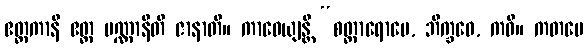
ဧတ္တကာနိ ဧတ္ထ ပဏ္ဏာနီတိ ဇာနာတိ။ ကာဝေယျန္တိ “စတ္တာရောမေ, ဘိက္ခဝေ, ကဝီ။ ကတမေ